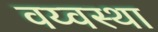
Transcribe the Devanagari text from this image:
वय्वस्था